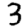
Digit: 3